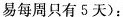
易每周只有5天):